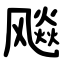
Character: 飚